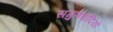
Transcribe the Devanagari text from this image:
सगुणवादियों